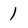
Character: 1